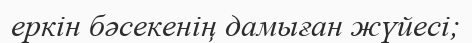
еркін бәсекенің дамыған жүйесі;